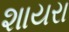
શાયરા